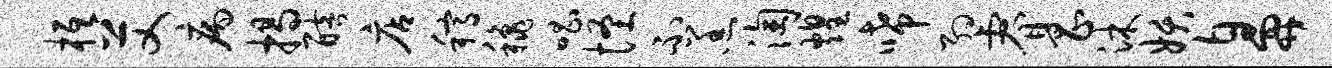
柢艾病揭醅店稿秋唱怪不羔淘煌唏约睿昌沐妖鼻